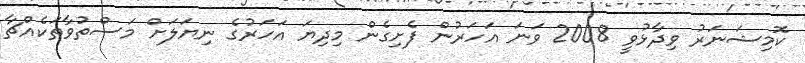
ކޮމިޝަނަރު ވިދާޅުވީ 2008 ވަނަ އަހަރުން ފެށިގެން މިދިޔަ އަހަރުގެ ނިޔަލަށް މަސްތުވާތަކެއްޗާ